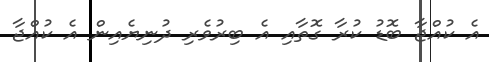
އެ ކުއްޖާ ބޮޑު ކުރާ ގޮތާއި އެ ބިރުވެރި ދުނިޔެއިން އެ ކުއްޖާ